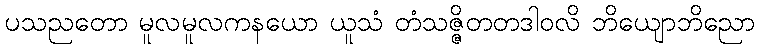
ပသညတော မူလမူလကနယော ယူသံ တံသဇ္ဇိတတဒါဝလိ ဘိယျောဘိညော